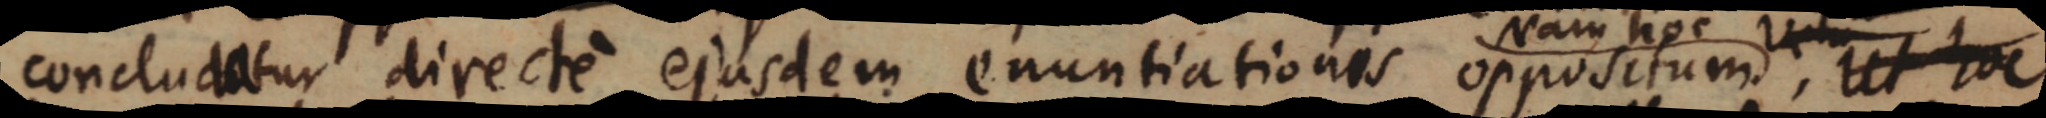
concludatur directe ejusdem enuntiationes oppositum, ut hoc